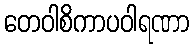
တေဝါစိကာပဝါရဏာ